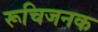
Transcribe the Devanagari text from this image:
रूचिजनक